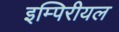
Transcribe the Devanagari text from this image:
इम्पिरीयल